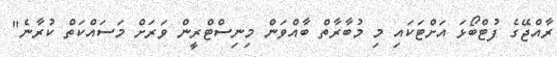
ރާއްޖޭގެ ފުޓްބޯޅަ އަށްޓަކައި މި މުބާރާތް ބާއްވަން މިނިސްޓްރީން ވަރަށް މަސައްކަތް ކުރާނެ"